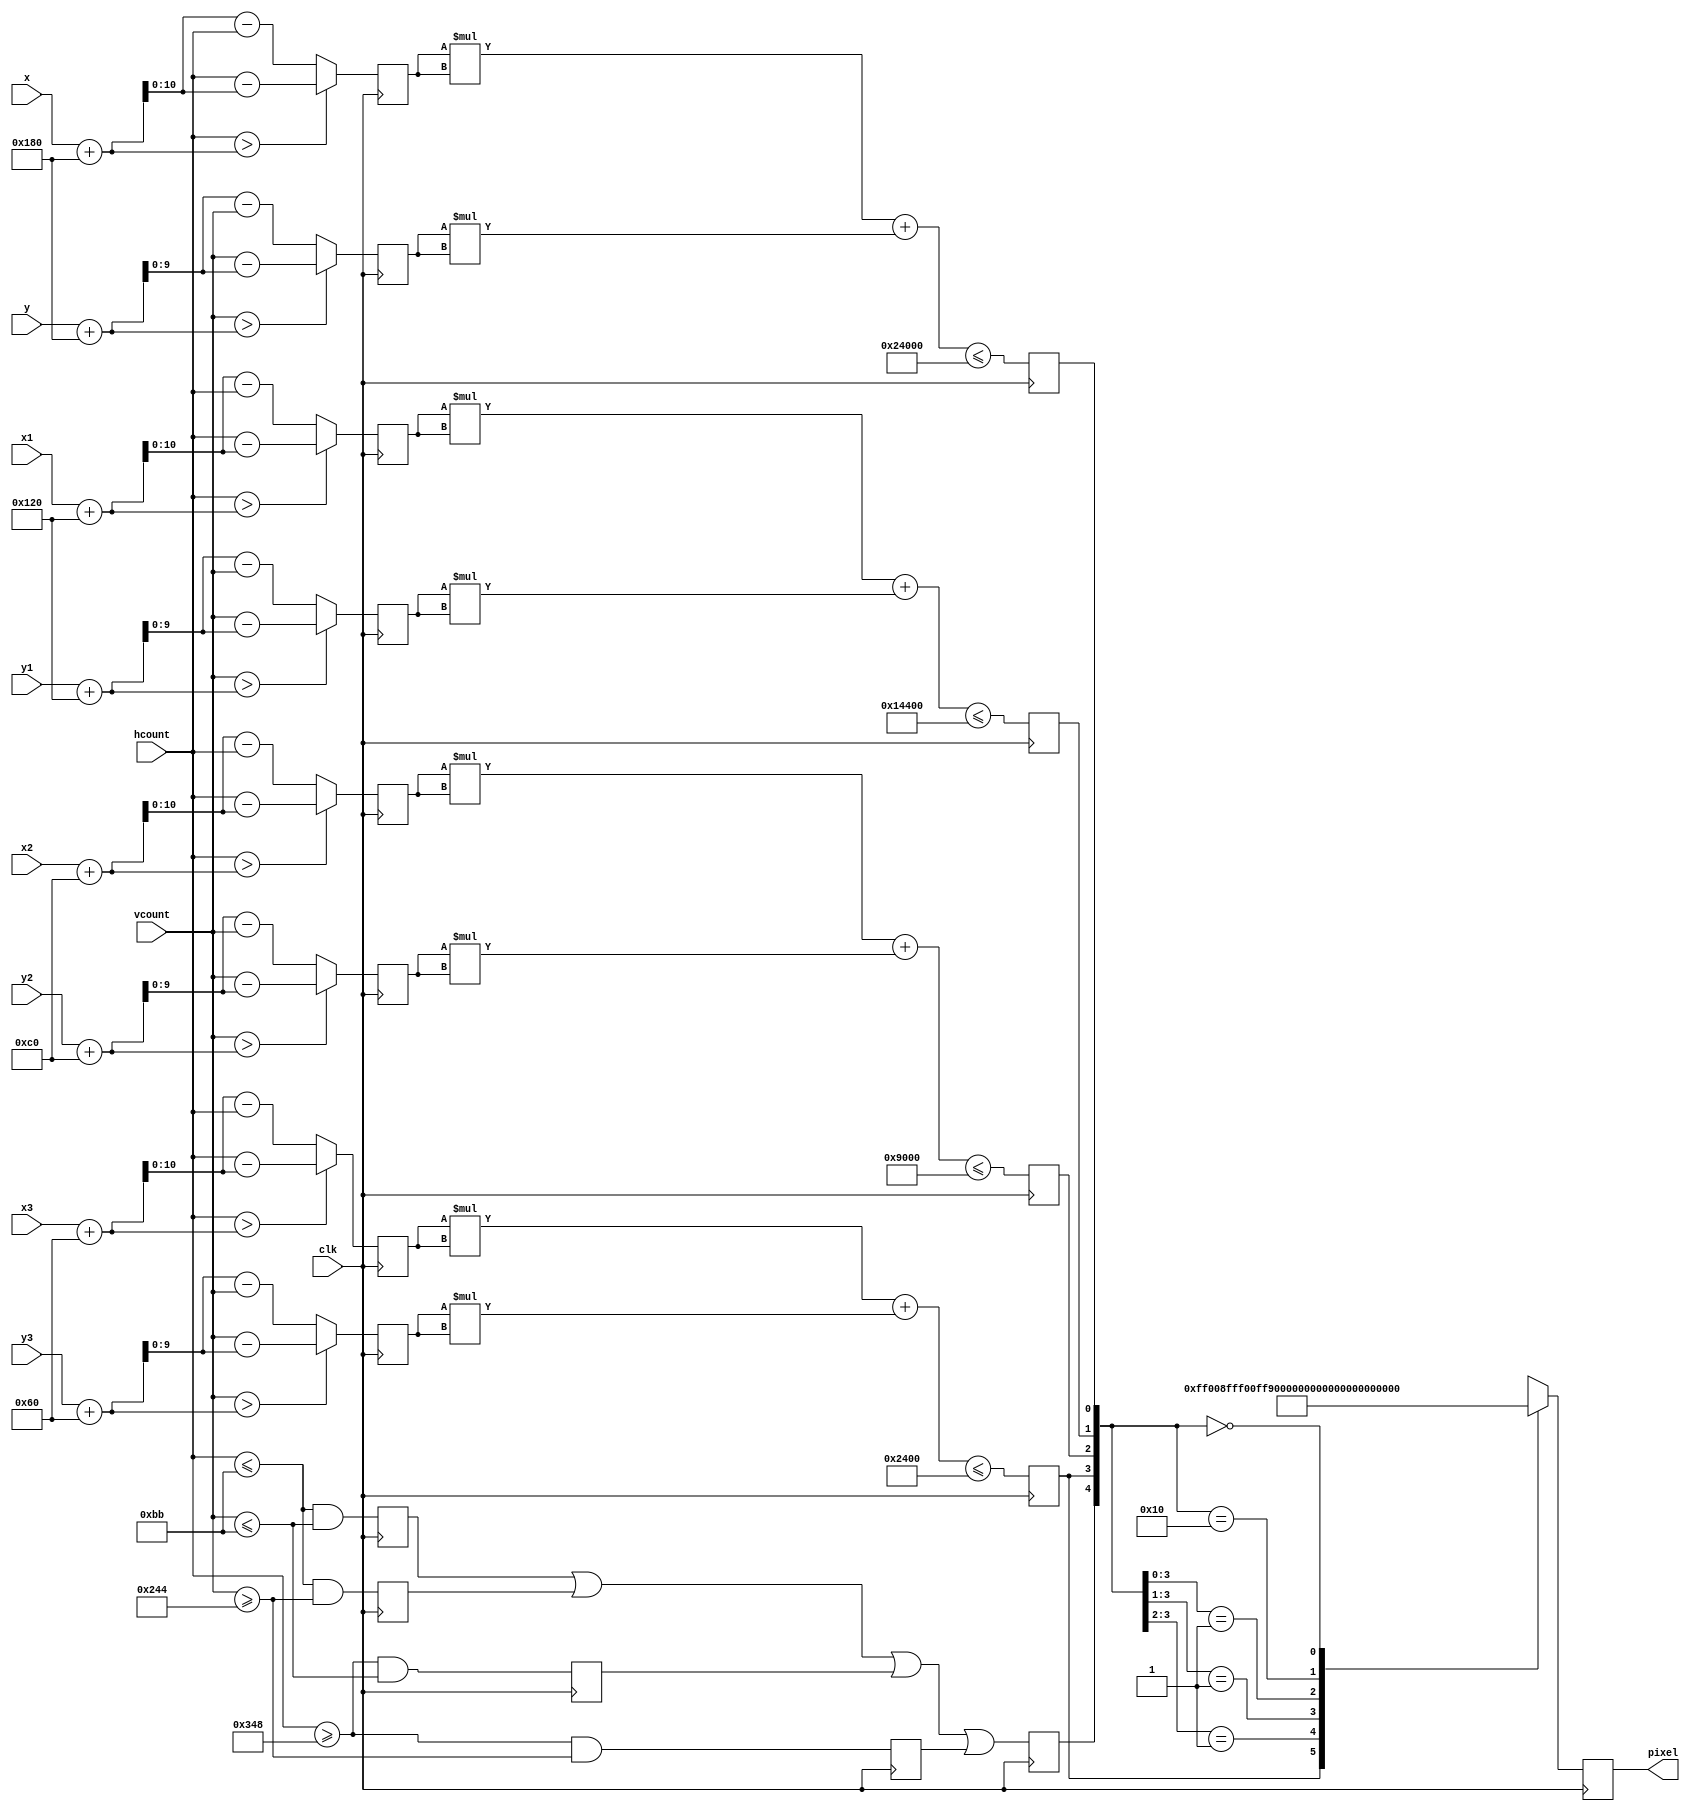
module circles #(parameter RADIUS = 384, RADIUS1 = 288, RADIUS2 = 192, RADIUS3=96, COLOR = 24'h61_61_61, COLOR1 = 24'hFF_00_00, COLOR2 = 24'hFF_8F_00, COLOR3 = 24'h8F_FF_00, COLOR4=24'h00_FF_00, COLOR5 = 24'hFF) 
 (input clk, input [10:0] x,x1,x2,x3, hcount, input [9:0] y,y1,y2,y3, vcount, output reg [23:0] pixel);

reg [10:0] deltax, deltax1, deltax2, deltax3;
reg [9:0] deltay, deltay1, deltay2, deltay3;
reg constraint,constraint1,constraint2,constraint3, constraint4;
reg rect, rect1, rect2, rect3;   
always @ (posedge clk)  begin
	// generate round puck
	// compute x-xcenter and y-ycenter
	rect <= ((hcount<=187)&(vcount<=187));
	rect1<=((hcount<=187)&(vcount>=580));
	rect2<=((hcount>=840)&(vcount<=187));
	rect3<=((hcount>=840)&(vcount>=580));
	// RADIUS is a paramater
	deltax <= (hcount > (x+RADIUS)) ? (hcount-(x+RADIUS)) : ((x+RADIUS)-hcount);
	deltay <= (vcount > (y+RADIUS)) ? (vcount-(y+RADIUS)) : ((y+RADIUS)-vcount);
	
	deltax1 <= (hcount > (x1+RADIUS1)) ? (hcount-(x1+RADIUS1)) : ((x1+RADIUS1)-hcount);
	deltay1 <= (vcount > (y1+RADIUS1)) ? (vcount-(y1+RADIUS1)) : ((y1+RADIUS1)-vcount);

	deltax2 <= (hcount > (x2+RADIUS2)) ? (hcount-(x2+RADIUS2)) : ((x2+RADIUS2)-hcount);
	deltay2 <= (vcount > (y2+RADIUS2)) ? (vcount-(y2+RADIUS2)) : ((y2+RADIUS2)-vcount);
        
	deltax3 <= (hcount > (x3+RADIUS3)) ? (hcount-(x3+RADIUS3)) : ((x3+RADIUS3)-hcount);
	deltay3 <= (vcount > (y3+RADIUS3)) ? (vcount-(y3+RADIUS3)) : ((y3+RADIUS3)-vcount);
	
	constraint<=(deltax*deltax+deltay*deltay <= RADIUS*RADIUS);
	constraint1<=(deltax1*deltax1+deltay1*deltay1 <= RADIUS1*RADIUS1);
	constraint2<=(deltax2*deltax2+deltay2*deltay2 <= RADIUS2*RADIUS2);
	constraint3<=(deltax3*deltax3+deltay3*deltay3 <= RADIUS3*RADIUS3);
	constraint4<=rect|rect1|rect2|rect3;
	// check if distance is less than radius squared
	casez({constraint4,constraint3,constraint2,constraint1, constraint})
	   5'bz1zzz: pixel<=COLOR4;
	   5'bz01zz: pixel<=COLOR3;
	   5'bz001z: pixel<=COLOR2;
	   5'bz0001: pixel<=COLOR1;
		5'b10000: pixel<=COLOR5;
	   5'b0: pixel<=COLOR;
	   default: pixel<=COLOR;
	endcase
end
endmodule